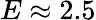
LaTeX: E\approx 2.5